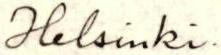
Helsinki.